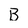
Character: B